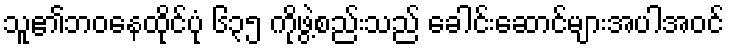
သူ၏ဘဝနေထိုင်ပုံ ၆၃၅ ကိုဖွဲ့စည်းသည် ခေါင်းဆောင်များအပါအဝင်